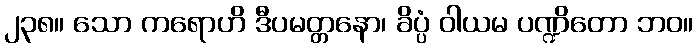
၂၃၈။ သော ကရောဟိ ဒီပမတ္တနော၊ ခိပ္ပံ ဝါယမ ပဏ္ဍိတော ဘဝ။